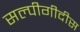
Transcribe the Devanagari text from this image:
सल्पीगीदीस